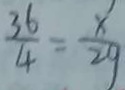
\frac { 3 6 } { 4 } = \frac { x } { 2 9 }